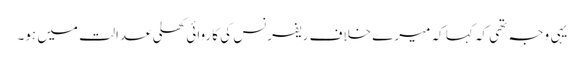
یہی وجہ تھی کہ کہا کہ میرے خلاف ریفرنس کی کاروائی کھلی عدالت میں ہو۔